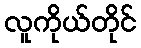
လူကိုယ်တိုင်